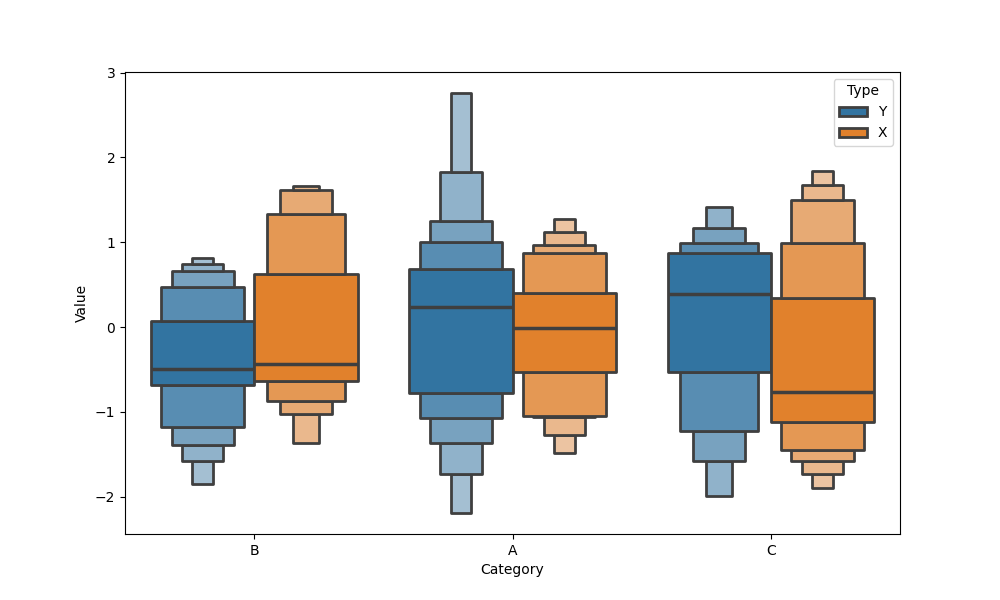
python, seaborn, boxenplot, k_depth='full', linewidth=2, scale='linear', outlier_prop=0.2, showfliers=False